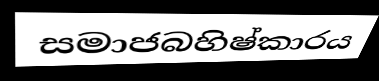
සමාජබහිෂ්කාරය